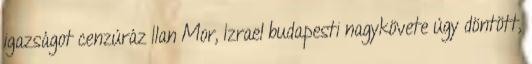
igazságot cenzúráz Ilan Mor, Izrael budapesti nagykövete úgy döntött,